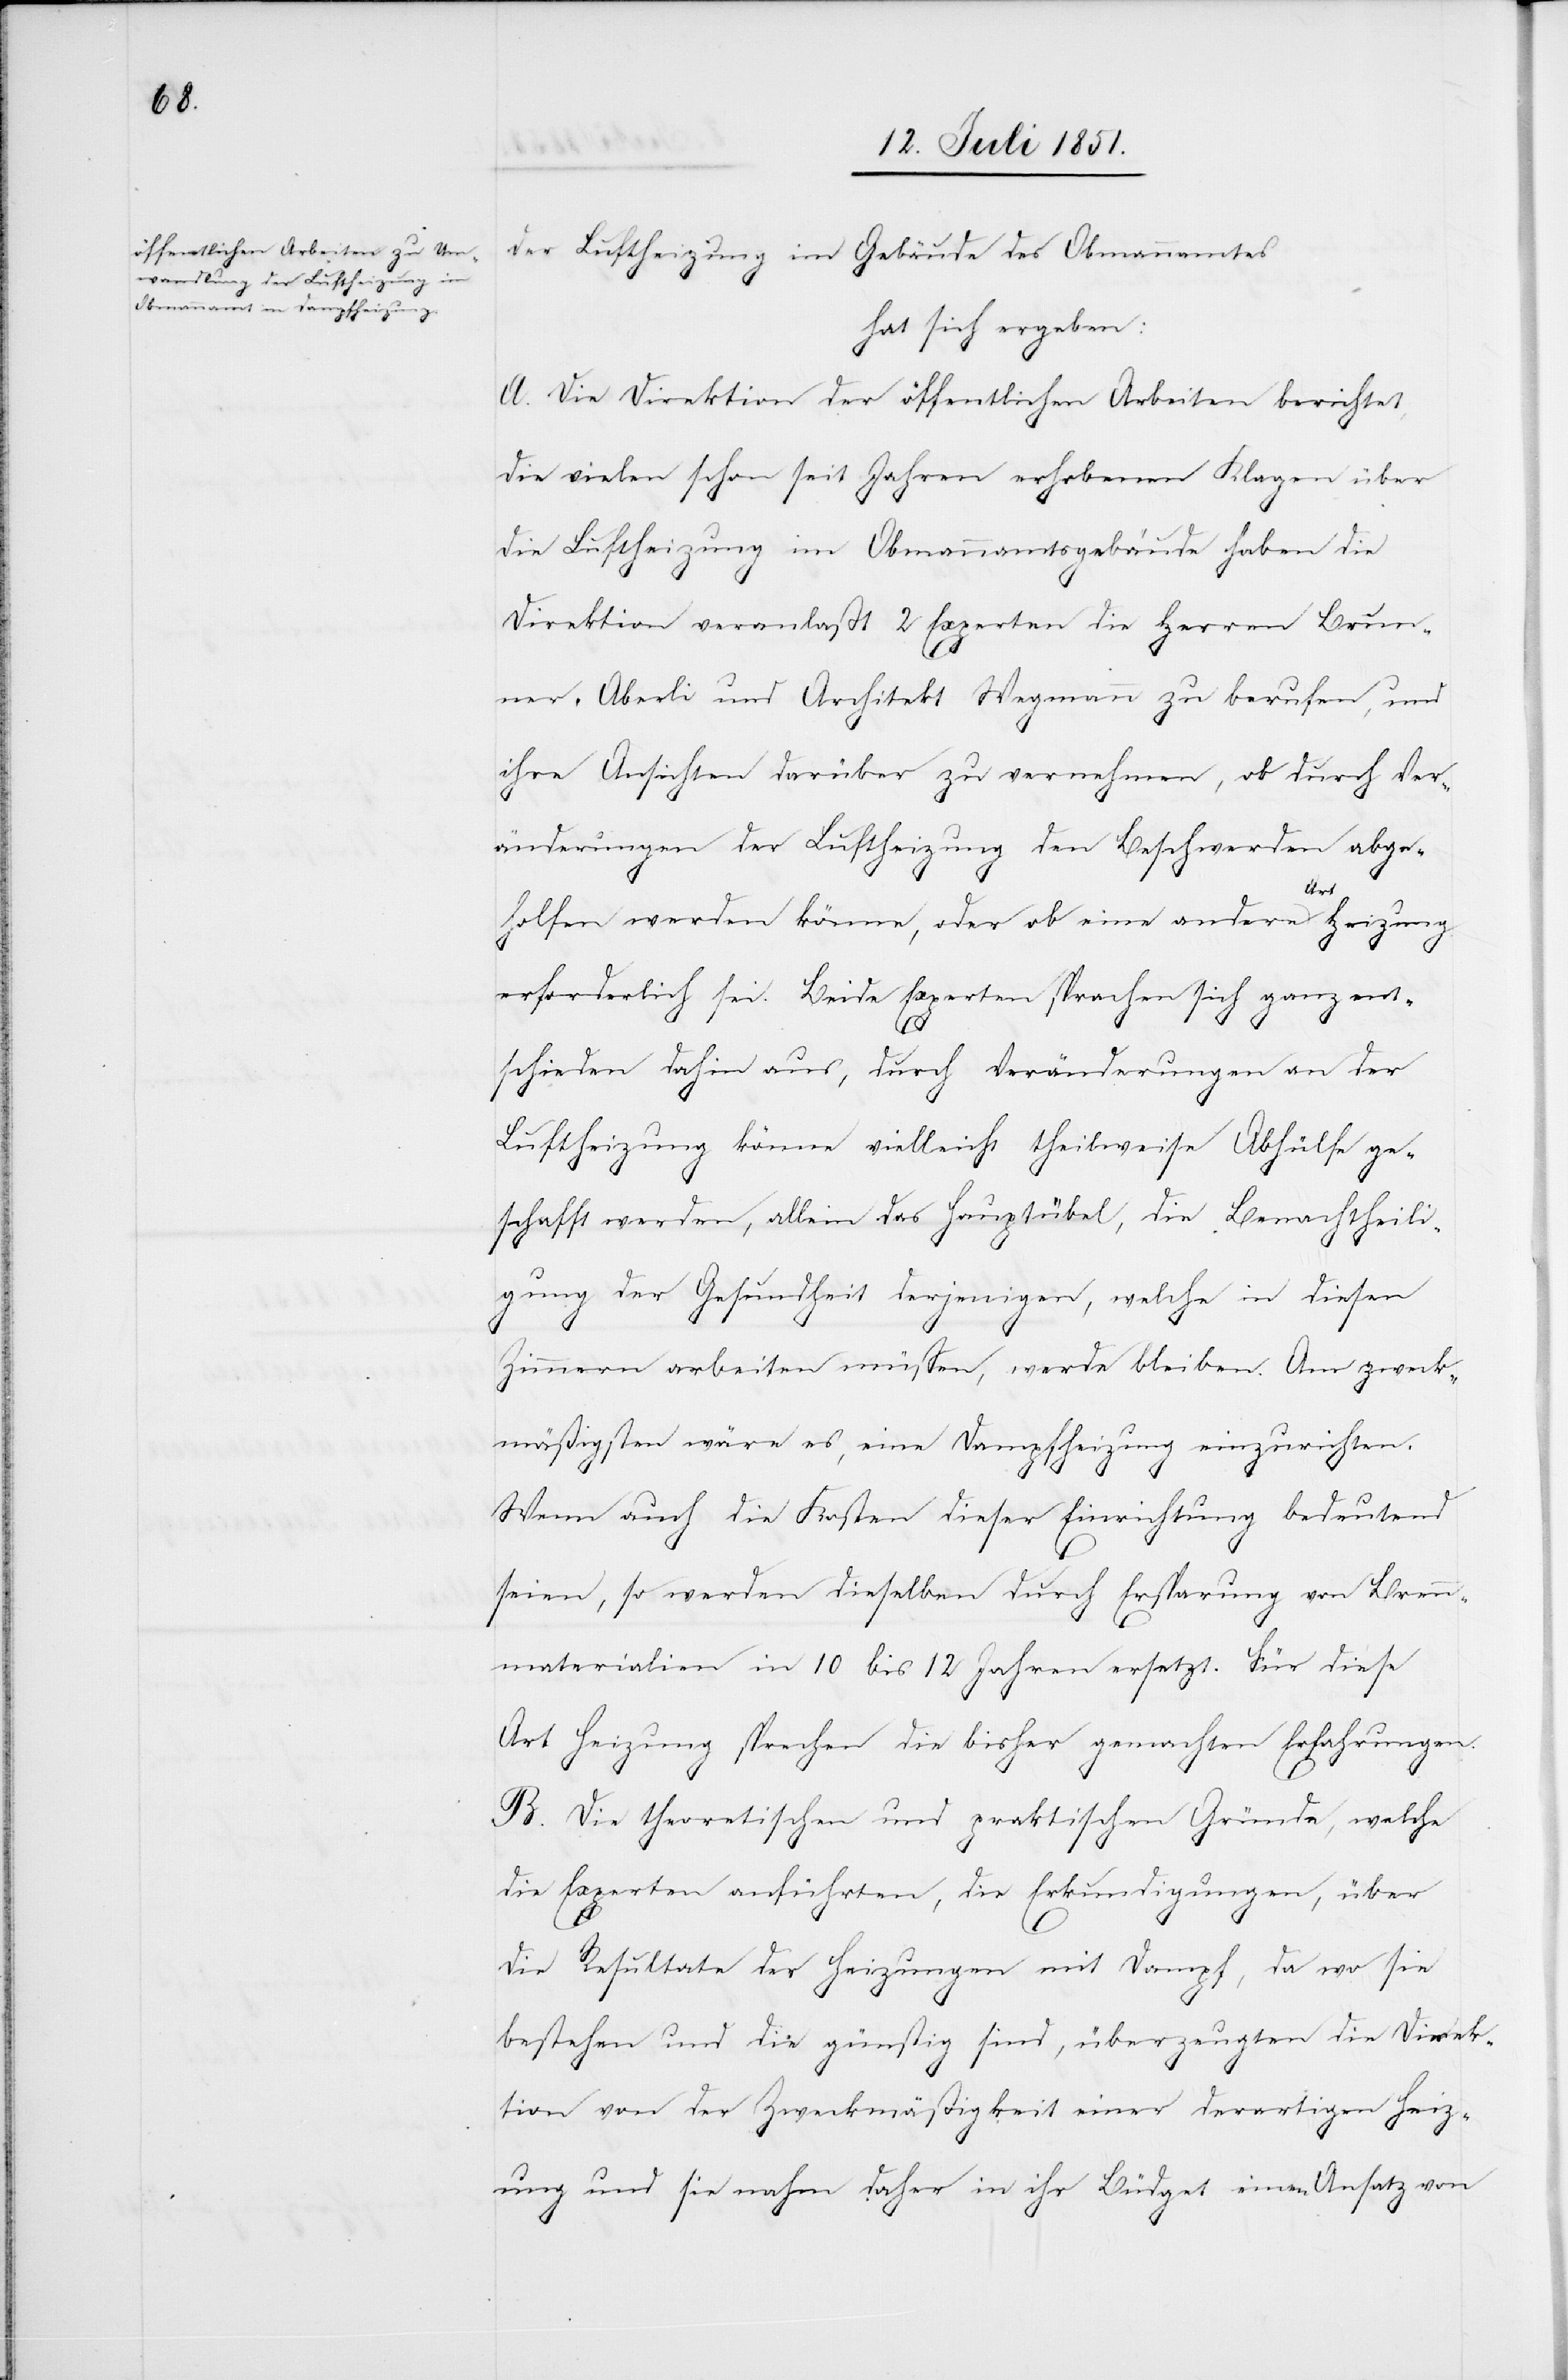
der Luftheizung im Gebäude des Obmannamtes
hat sich ergeben:
A. Die Direktion der öffentlichen Arbeiten berichtet,
die vielen schon seit Jahren erhobenen Klagen über
die Luftheizung im Obmannamtsgebäude haben die
Direktion veranlaßt 2 Experten die Herren Brun¬
ner-Aberli und Architekt Wegmann zu berufen, und
ihre Ansichten darüber zu vernehmen, ob durch Ver¬
änderungen der Luftheizung den Beschwerden abge¬
holfen werden könne, oder ob eine andere Art Heizung
erforderlich sei. Beide Experten sprachen sich ganz ent¬
schieden dahin aus, durch Veränderungen an der
Luftheizung könne vielleicht theilweise Abhülfe ge¬
schafft werden, allein das Hauptübel, die Benachtheili¬
gung der Gesundheit derjenigen, welche in diesen
Zimmern arbeiten müssen, werde bleiben. Am zweck¬
mäßigsten wäre es, eine Dampfheizung einzurichten.
Wenn auch die Kosten dieser Einrichtung bedeutend
seien, so werden dieselben durch Ersparung von Bren¬
nmaterialien in 10 bis 12 Jahren ersetzt. Für diese
Art Heizung sprechen die bisher gemachten Erfahrungen.
B. Die theoretischen und praktischen Gründe, welche
die Experten anführten, die Erkundigungen, über
die Resultate der Heizungen mit Dampf, da wo sie
bestehen und die günstig sind, überzeugten die Direk¬
tion von der Zweckmäßigkeit einer derartigen Heiz¬
ung und sie nahm daher in ihr Büdget einen Ansatz von